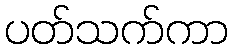
ပတ်သက်ကာ